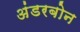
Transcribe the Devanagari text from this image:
अंडरबोन